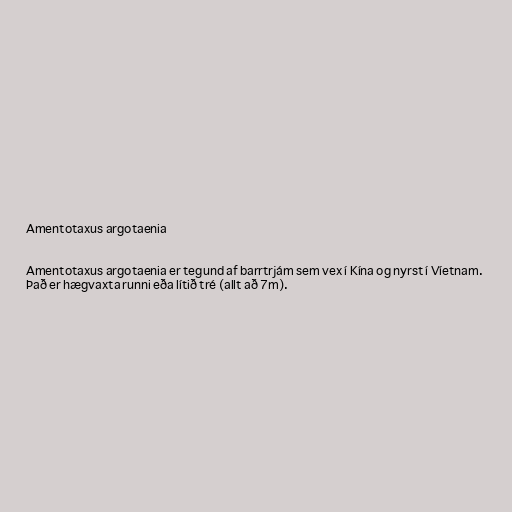
Amentotaxus argotaenia

Amentotaxus argotaenia er tegund af barrtrjám sem vex í Kína og nyrst í Víetnam.
Það er hægvaxta runni eða lítið tré (allt að 7m).